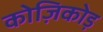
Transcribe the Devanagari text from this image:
कोज़िकोड़